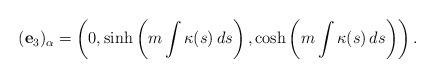
LaTeX: \begin{align*}(\mathbf{e}_{3})_{\alpha}=\left( 0,\sinh \left( m\int \kappa (s)\,ds\right) ,\cosh \left( m\int \kappa(s)\,ds\right) \right).\end{align*}